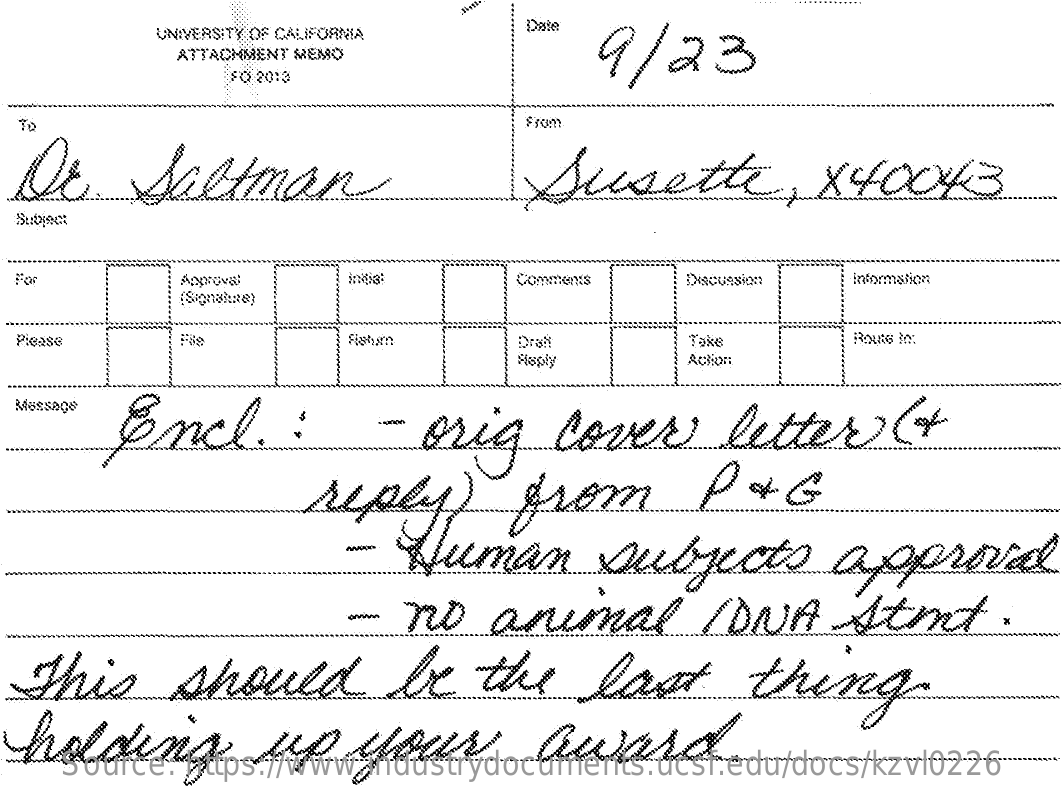
UNIVERSITY OF CALIFORNIA
     Date
     9/23 ATTACHMENT MEMO
     80 20:3
     ingis:    information
  Picase    Take
     Hisply    Action
  Message
     Encl    :
   this    eld    be   the    last    thing
    dding    up    your    aunid
    Source: https://www.industrydocuments.ucsf.edu/docs/kzvl0226